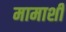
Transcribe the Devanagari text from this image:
मामाशी